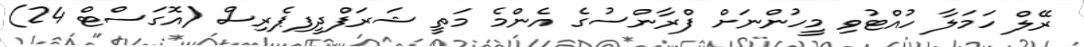
ރޭލް ހަމަލާ ހުއްޓުވި މީހުންނަށް ފްރާންސުގެ އެންމެ މަތީ ޝަރަފްދީފިޕެރިސް (އޮގަސްޓް 24)